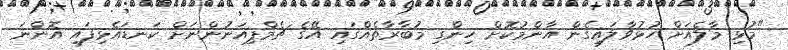
"މުޅި މާލެއަށް ހުޅުވާލައިގެން އާންމުކޮށް ހިންގި މުބާރާތެއްގައި އޭގެ ޗެމްޕިއަނުންނަށް ކަނޑައެޅިފައި އޮންނަ